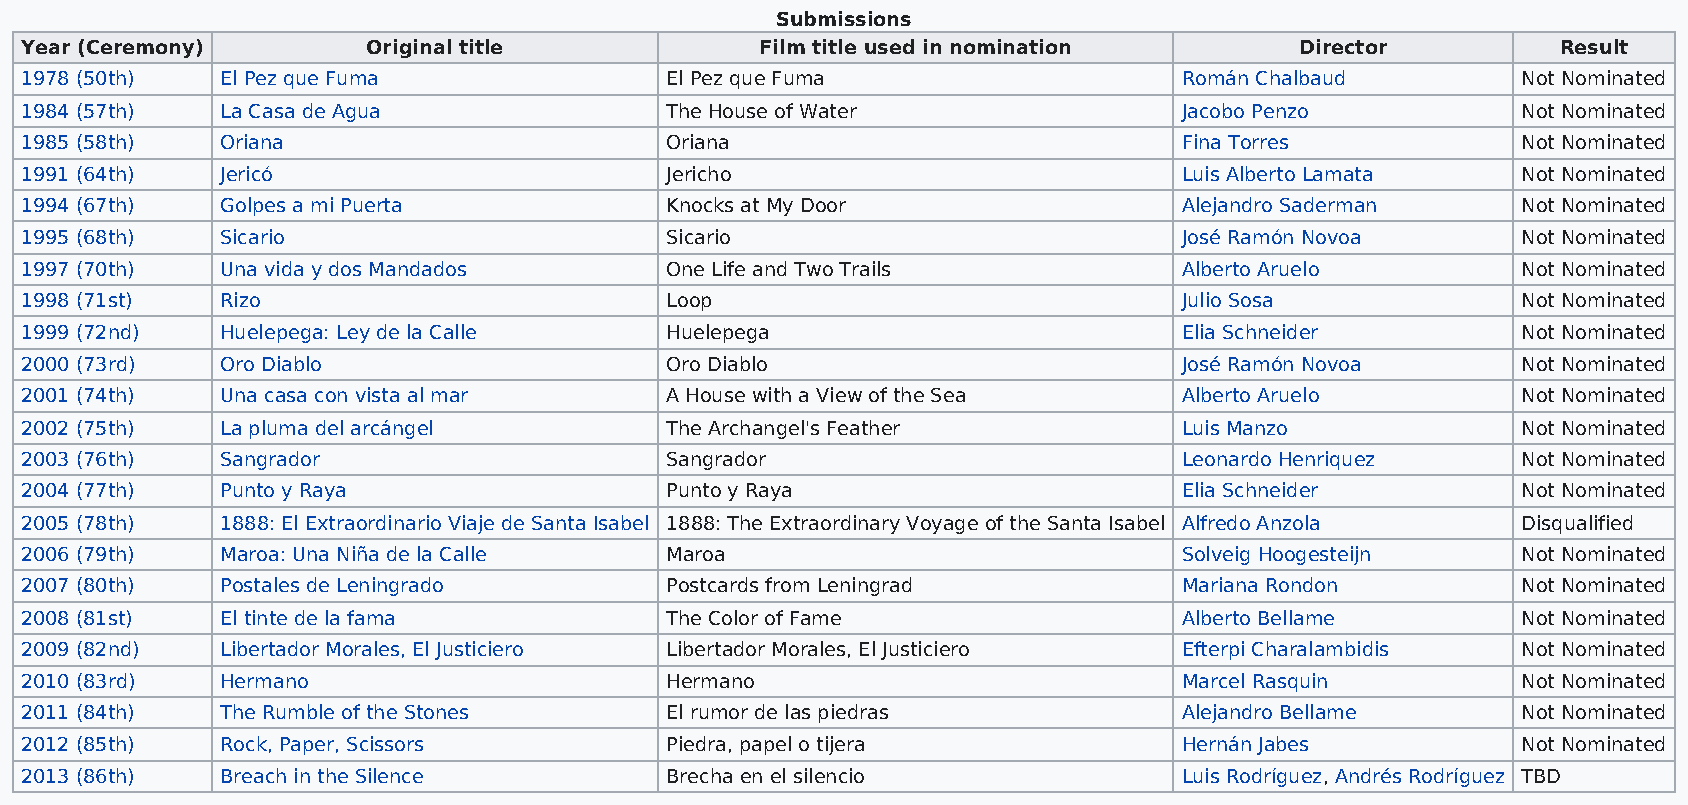
Submissions
 Year (Ceremony)        Original title            Film title used in nomination       Director         Result
 1978 (50th)   El Pez que Fuma              El Pez que Fuma                   Román Chalbaud         Not Nominated
 1984 (57th)   La Casa de Agua              The House of Water                Jacobo Penzo           Not Nominated
 1985 (58th)   Oriana                       Oriana                            Fina Torres            Not Nominated
 1991 (64th)   Jericó                       Jericho                           Luis Alberto Lamata    Not Nominated
 1994 (67th)   Golpes a mi Puerta           Knocks at My Door                 Alejandro Saderman     Not Nominated
 1995 (68th)   Sicario                      Sicario                           José Ramón Novoa       Not Nominated
 1997 (70th)   Una vida y dos Mandados      One Life and Two Trails           Alberto Aruelo         Not Nominated
 1998 (71st)   Rizo                         Loop                              Julio Sosa             Not Nominated
 1999 (72nd)   Huelepega: Ley de la Calle   Huelepega                         Elia Schneider         Not Nominated
 2000 (73rd)   Oro Diablo                   Oro Diablo                        José Ramón Novoa       Not Nominated
 2001 (74th)   Una casa con vista al mar    A House with a View of the Sea    Alberto Aruelo         Not Nominated
 2002 (75th)   La pluma del arcángel        The Archangel's Feather           Luis Manzo             Not Nominated
 2003 (76th)   Sangrador                    Sangrador                         Leonardo Henriquez     Not Nominated
 2004 (77th)   Punto y Raya                 Punto y Raya                      Elia Schneider         Not Nominated
 2005 (78th)   1888: El Extraordinario Viaje de Santa Isabel 1888: The Extraordinary Voyage of the Santa Isabel Alfredo Anzola Disqualified
 2006 (79th)   Maroa: Una Niña de la Calle  Maroa                             Solveig Hoogesteijn    Not Nominated
 2007 (80th)   Postales de Leningrado       Postcards from Leningrad          Mariana Rondon         Not Nominated
 2008 (81st)   El tinte de la fama          The Color of Fame                 Alberto Bellame        Not Nominated
 2009 (82nd)   Libertador Morales, El Justiciero Libertador Morales, El Justiciero Efterpi Charalambidis Not Nominated
 2010 (83rd)   Hermano                      Hermano                           Marcel Rasquin         Not Nominated
 2011 (84th)   The Rumble of the Stones     El rumor de las piedras           Alejandro Bellame      Not Nominated
 2012 (85th)   Rock, Paper, Scissors        Piedra, papel o tijera            Hernán Jabes           Not Nominated
 2013 (86th)   Breach in the Silence        Brecha en el silencio             Luis Rodríguez, Andrés Rodríguez TBD